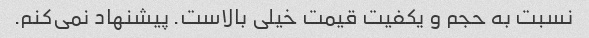
نسبت به حجم و یکفیت قیمت خیلی بالاست. پیشنهاد نمی‌کنم.